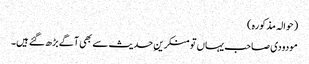
(حوالہ مذکورہ )
مودودی صاحب یہاں تو منکرینِ حدیث سے بھی آگے بڑھ گئے ہیں۔